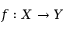
f : X \to Y